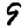
Digit: 9